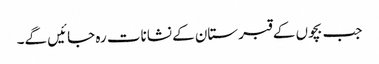
جب بچوں کے قبرستان کے نشانات رہ جائیں گے۔